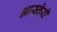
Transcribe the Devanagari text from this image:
आस्तेरी